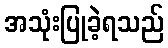
အသုံးပြုခဲ့ရသည်